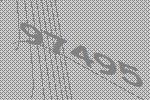
97495